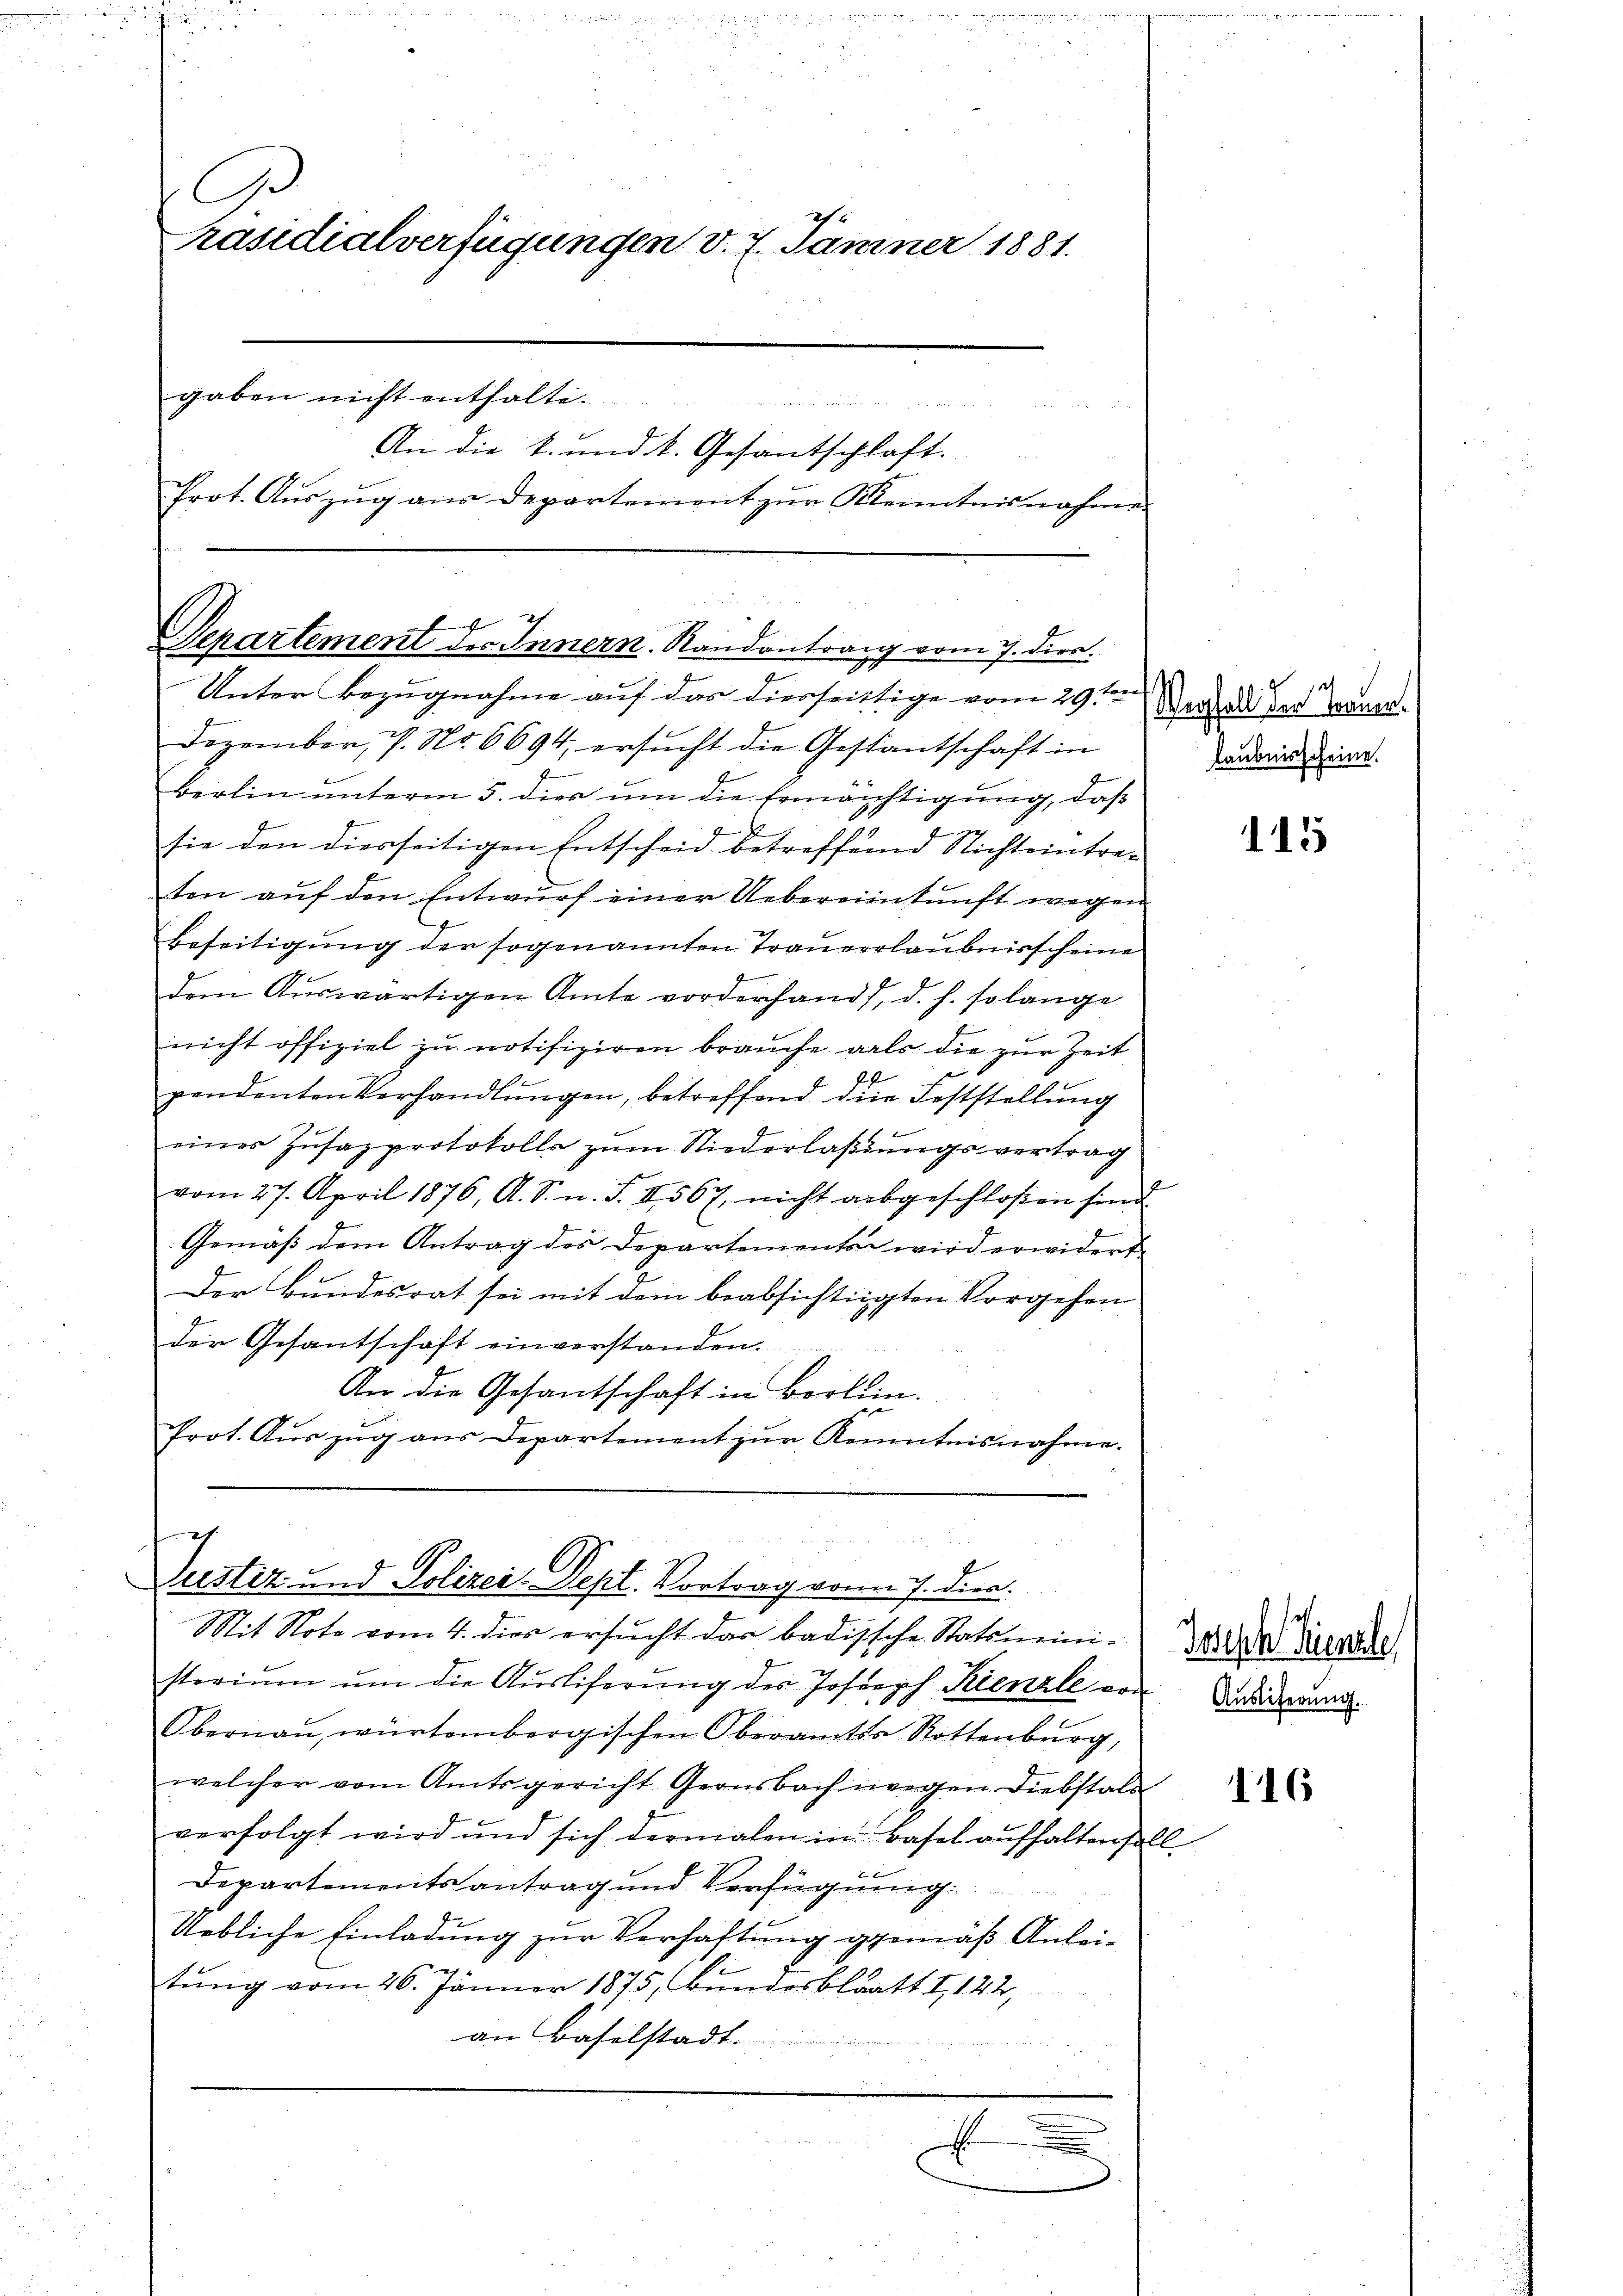
Ge
Präsidialverfügungen v. 7. Jänner 1881.
gaben nicht enthalte.
An die k. und k. Gesantschlaft.
Prot. Auszug aus Departement zur Kenntnisnahm.

Separtement des Innern. Randantrag vom 7. dies.

Unter Bezugnahme auf das diesseitige vom 29ten
Dezember, 7. No 6694, ersucht die Gestantschaft in
Berlin unterm 5. dies um die Ermächtigung, daß
4
b
sie den diesseitigen Entscheid betreffend Nichteintre-
ten auf den Entwurf einer Uebereinkunft wegen
Beseitigung der sogenannten Trauverlaubnisscheine
dem Auswärtigen Amte vorderhand, d. h. so lange
nicht offiziel zu notifiziren brauche als die zur Zeit
pendenten Verhandlŭngen, betreffend die Feststellung
eines Zusazprotokolls zum Niederlaßungsvertrag
vom 27. April 1876, A. S. n. F. II 567, nicht abgeschloßen sind.
Gemäß dem Antrag des Departements wird erwidert
Der Bundesrat sei mit dem beabsichtigten Vorgehen
der Gesantschaft einverstanden.
An die Gesantschaft in Borlein.
Prot. Aŭszŭg aŭs Departement zŭr Kenntnisnahme.

Vustiz und Polizei-Dept. Vortrag von 7. Dien
Mit Note vom 4. dies ersŭcht das badissche Statsmini- 2 Fische

storiŭm ŭm die Aŭsliferŭng des Joseph Kienale von Beiderung.
Obernaŭ, würtembergischen Oberamtsa Rottenburg,
welcher vom Amtsgericht Geonsbach wegen Diebstals
verfolgt wird und sich dermalen in Basel aufhalten soll
Departementsantrag und Verfügung:
Uebliche Einladung zur Verhaftung gemäß Anleitung vom 26. Jänner 1875, Bundesblatt I, 122,
an Baselstadt.
u
.

Wegfall der Trauen.
laubnisscheine.

115

116